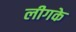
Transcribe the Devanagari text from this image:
लीगके